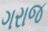
ગરાજ